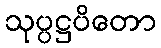
သုပ္ပဋ္ဌပိတော